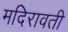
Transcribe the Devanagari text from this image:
मदिरावती